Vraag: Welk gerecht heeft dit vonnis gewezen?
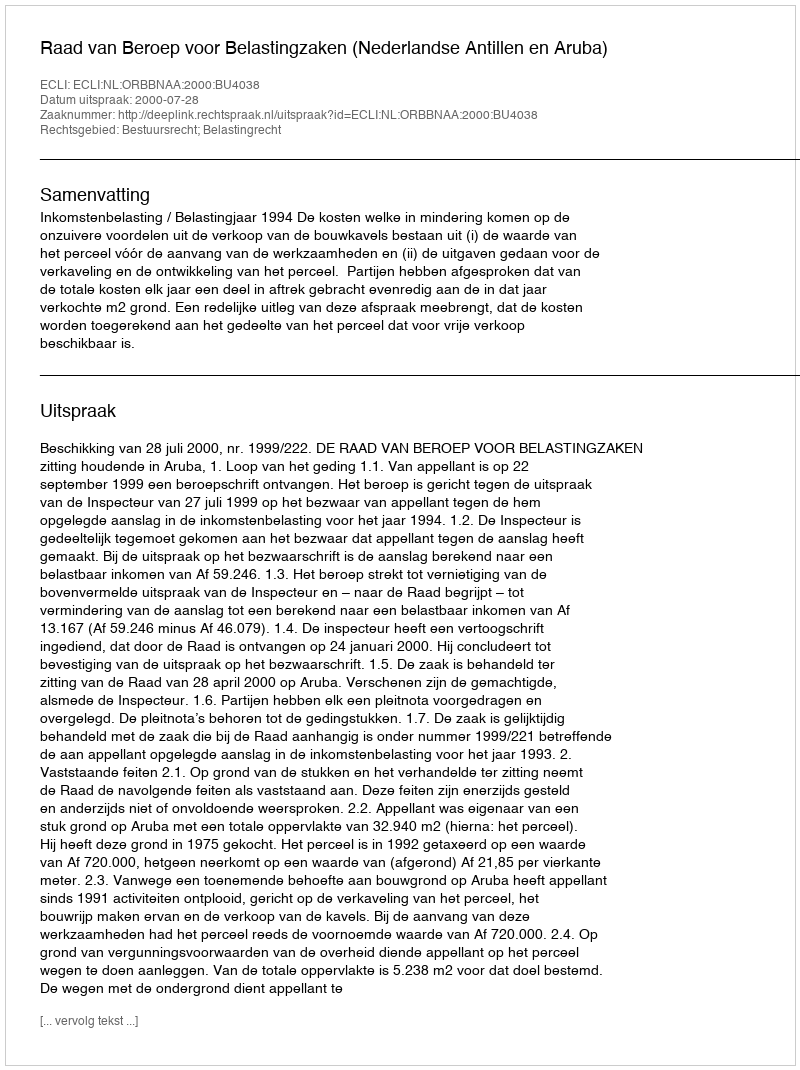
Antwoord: Raad van Beroep voor Belastingzaken (Nederlandse Antillen en Aruba)